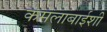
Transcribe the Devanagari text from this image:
कमलाबाईशी